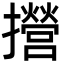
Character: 攚